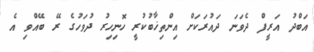
އަބްދު އަރީފް ދެވަނަ ދައުރަކަށް އިންތިޚާބުކުރީ ހޮނިހިރު ދުވަހުގެ ރޭ ބޭއްވި އެ